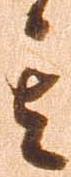
其